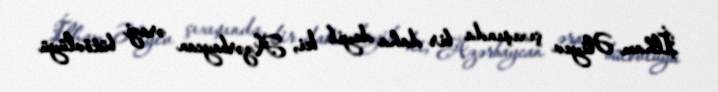
İlham Əliyev çıxışında bir daha deyib ki, Azərbaycan ərazi bütövlüyü